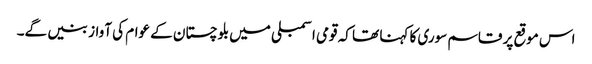
اس موقع پر قاسم سوری کا کہنا تھا کہ قومی اسمبلی میں بلوچستان کے عوام کی آواز بنیں گے۔